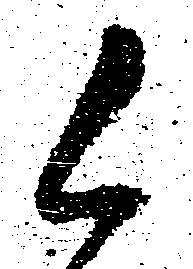
候